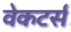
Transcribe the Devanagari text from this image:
वेकटर्स